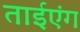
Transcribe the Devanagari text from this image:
ताईएंग